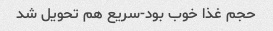
حجم غذا خوب بود-سریع هم تحویل شد